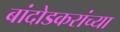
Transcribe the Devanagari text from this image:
बांदोडकरांच्या